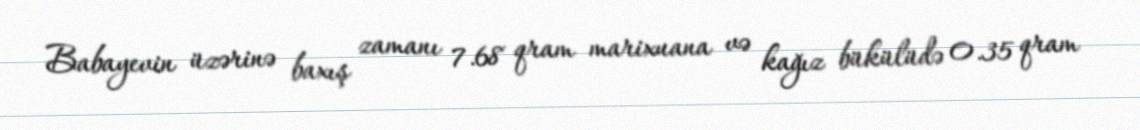
Babayevin üzərinə baxış zamanı 7.68 qram marixuana və kağız bükülüdə 0.35 qram